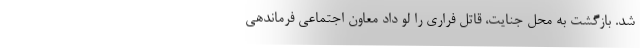
شد. بازگشت به محل جنایت، قاتل فراری را لو داد معاون اجتماعی فرماندهی